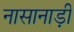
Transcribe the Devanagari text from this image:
नासानाड़ी